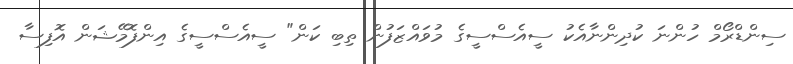
ސިންޑްރޯމް ހުންނަ ކުދިންނާއެކު ސީއެސްސީގެ މުވައްޒަފުން ތިބި ކަން" ސީއެސްސީގެ އިންފޮމޭޝަން އޮފިސާ